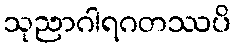
သုညာဂါရဂတဿပိ